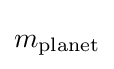
m_{\text{planet}}